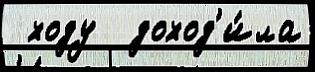
 ходу  доход'и́ла